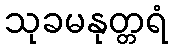
သုခမနုတ္တရံ